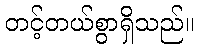
တင့်တယ်စွာရှိသည်။